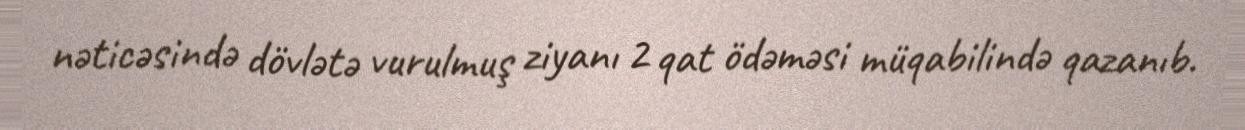
nəticəsində dövlətə vurulmuş ziyanı 2 qat ödəməsi müqabilində qazanıb.